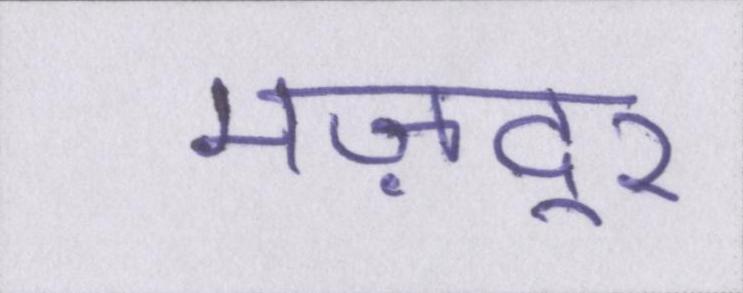
मज़दूर